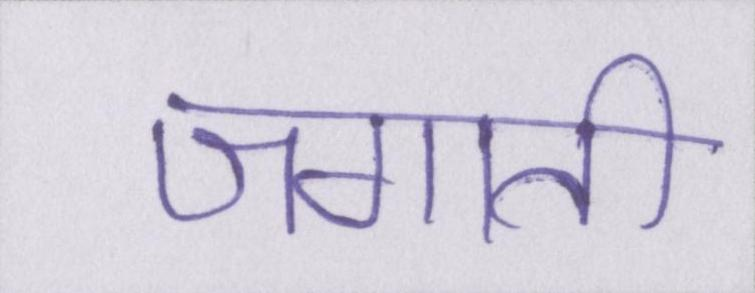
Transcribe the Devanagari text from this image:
जगाती